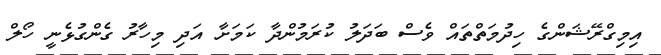
އިމިގްރޭޝަންގެ ހިދުމަތްތައް ވެސް ބަދަލު ކުރަމުންދާ ކަމަށާ އަދި މިހާރު ގެންގުޅެނީ ހޯލް